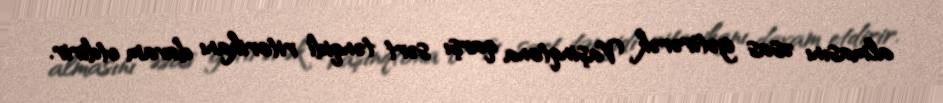
almasını əsas gətirərək Vaşinqtona qarşı sərt tənqidi ritorikanı davam etdirir.